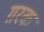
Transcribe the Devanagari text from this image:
ग़रक